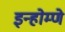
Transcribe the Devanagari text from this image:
इन्होम्णे